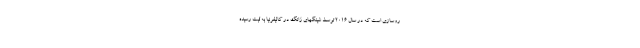
روسازی است که در سال 2016 توسط شینگهای ژانگ در کالیفرنیا به ثبت رسیده